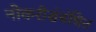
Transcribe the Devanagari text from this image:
नोकरीसंबंधित